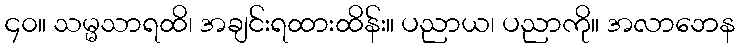
၄၀။ သမ္မသာရထိ၊ အချင်းရထားထိန်း။ ပညာယ၊ ပညာကို။ အလာဘေန